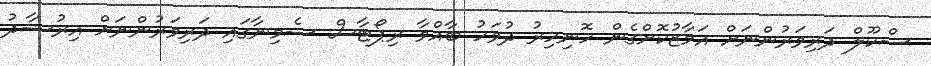
ސްކޫލް ދަރިވަރުންނަށް އަމާޒުކޮށްގެން ހޮނިހިރު ދުވަހު ބާއްވާ ރިޕޯޓާސް ސެމިނާގައި ދަރިވަރުންނަށް އިރުޝާދު